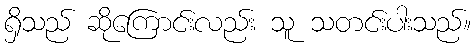
ရှိသည် ဆိုကြောင်းလည်း သူ သတင်းပါးသည်။